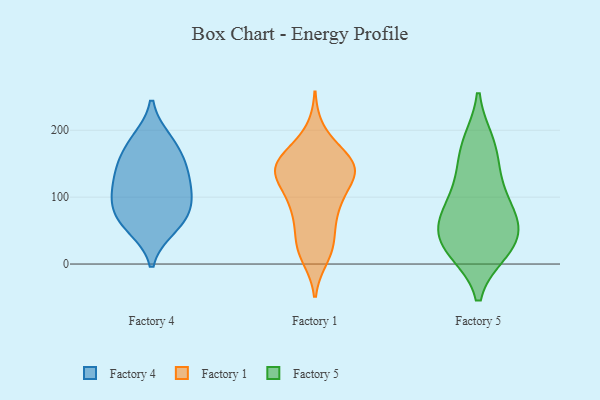
{"axis": {"x": "Population (Million)", "y": "Value"}, "legend": ["Factory 1", "Factory 4", "Factory 5"], "data": [{"x": "", "y": 179, "type": "Factory 4"}, {"x": "", "y": 185, "type": "Factory 4"}, {"x": "", "y": 68, "type": "Factory 4"}, {"x": "", "y": 64, "type": "Factory 4"}, {"x": "", "y": 141, "type": "Factory 4"}, {"x": "", "y": 149, "type": "Factory 4"}, {"x": "", "y": 104, "type": "Factory 4"}, {"x": "", "y": 101, "type": "Factory 4"}, {"x": "", "y": 134, "type": "Factory 4"}, {"x": "", "y": 95, "type": "Factory 4"}, {"x": "", "y": 55, "type": "Factory 4"}, {"x": "", "y": 157, "type": "Factory 1"}, {"x": "", "y": 72, "type": "Factory 1"}, {"x": "", "y": 12, "type": "Factory 1"}, {"x": "", "y": 161, "type": "Factory 1"}, {"x": "", "y": 135, "type": "Factory 1"}, {"x": "", "y": 197, "type": "Factory 1"}, {"x": "", "y": 85, "type": "Factory 1"}, {"x": "", "y": 90, "type": "Factory 1"}, {"x": "", "y": 145, "type": "Factory 1"}, {"x": "", "y": 21, "type": "Factory 1"}, {"x": "", "y": 157, "type": "Factory 1"}, {"x": "", "y": 138, "type": "Factory 1"}, {"x": "", "y": 145, "type": "Factory 1"}, {"x": "", "y": 124, "type": "Factory 1"}, {"x": "", "y": 139, "type": "Factory 1"}, {"x": "", "y": 130, "type": "Factory 1"}, {"x": "", "y": 32, "type": "Factory 1"}, {"x": "", "y": 85, "type": "Factory 1"}, {"x": "", "y": 32, "type": "Factory 1"}, {"x": "", "y": 20, "type": "Factory 5"}, {"x": "", "y": 20, "type": "Factory 5"}, {"x": "", "y": 58, "type": "Factory 5"}, {"x": "", "y": 70, "type": "Factory 5"}, {"x": "", "y": 114, "type": "Factory 5"}, {"x": "", "y": 28, "type": "Factory 5"}, {"x": "", "y": 139, "type": "Factory 5"}, {"x": "", "y": 87, "type": "Factory 5"}, {"x": "", "y": 36, "type": "Factory 5"}, {"x": "", "y": 181, "type": "Factory 5"}, {"x": "", "y": 66, "type": "Factory 5"}, {"x": "", "y": 176, "type": "Factory 5"}]}